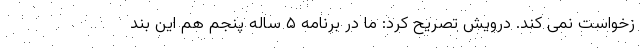
زخواست نمی کند. درویش تصریح کرد: ما در برنامه ۵ ساله پنجم هم این بند